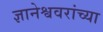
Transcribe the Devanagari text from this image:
ज्ञानेश्ववरांच्या